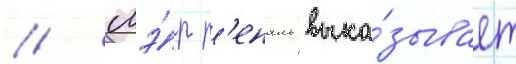
// Мэ́р р'еналь выка́зывает